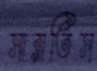
সারাতিস